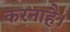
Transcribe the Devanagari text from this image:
करनाहै।